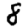
Digit: 8